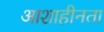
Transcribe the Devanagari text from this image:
आशाहीनता